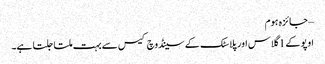
– جائزہ ہوم
اوپو کے 1 گلاس اور پلاسٹک کے سینڈوچ کیس سے بہت ملتا جلتا ہے۔